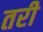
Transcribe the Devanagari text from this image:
तरी